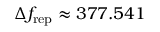
\Delta f _ { \mathrm { r e p } } \approx 3 7 7 . 5 4 1